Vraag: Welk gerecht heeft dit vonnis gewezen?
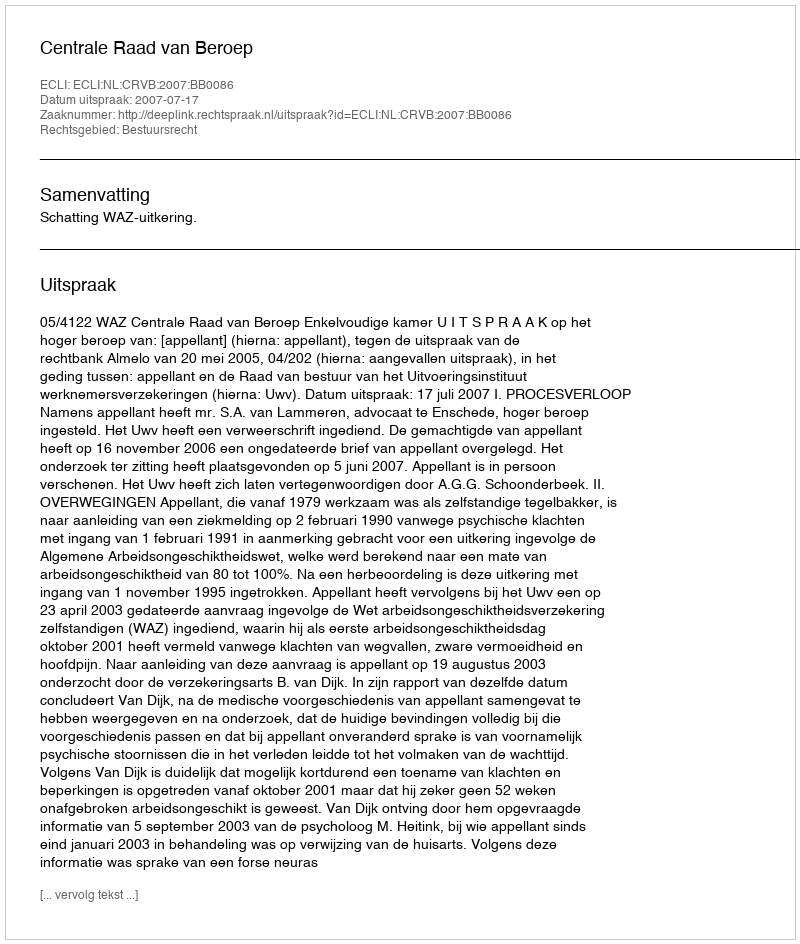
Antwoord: Centrale Raad van Beroep